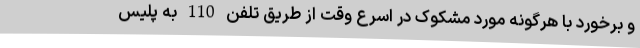
و برخورد با هرگونه مورد مشکوک در اسرع وقت از طریق تلفن 110 به پلیس